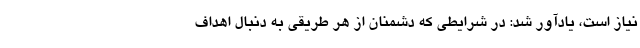
نیاز است، یادآور شد: در شرایطی که دشمنان از هر طریقی به دنبال اهداف